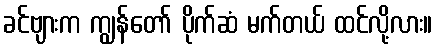
ခင်ဗျားက ကျွန်တော် ပိုက်ဆံ မက်တယ် ထင်လို့လား။